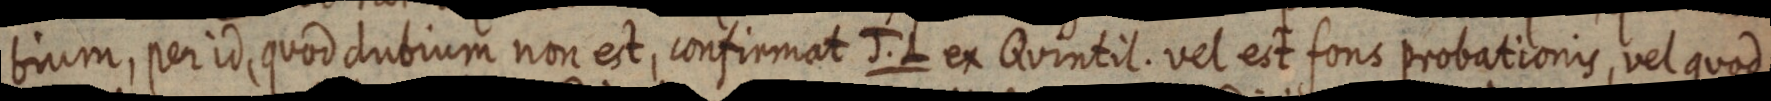
bium, per id, quod dubium non est, confirmat J. L ex Quintil. vel est fons probationis, vel quod